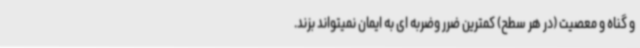
و گناه و معصیت (در هر سطح) کمترین ضرر وضربه ای به ایمان نمیتواند بزند.